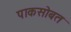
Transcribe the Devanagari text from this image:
पाकसोबत